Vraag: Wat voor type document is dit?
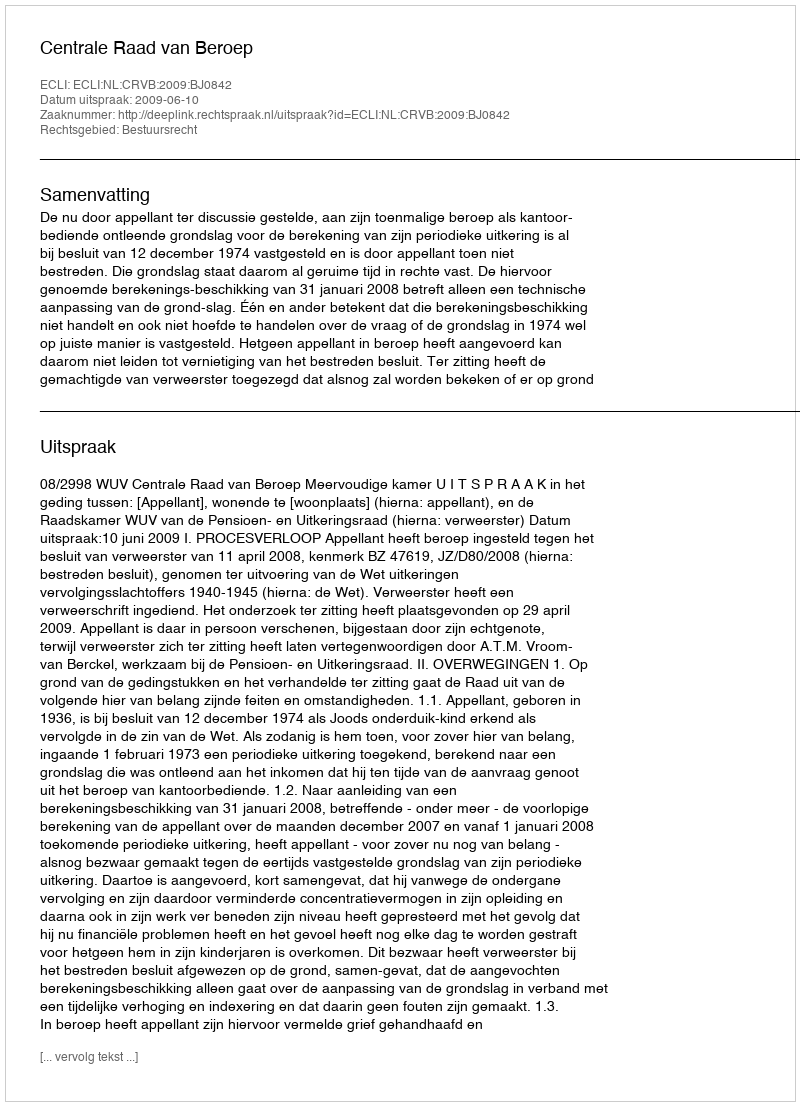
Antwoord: Uitspraak